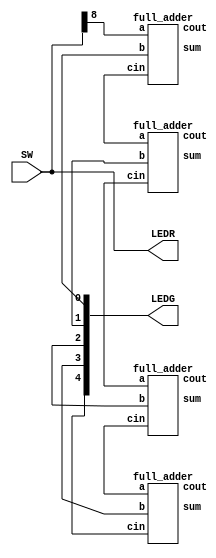
module part2 (SW, LEDG, LEDR);

	input [8:0] SW;
	output [8:0] LEDR;
	output [4:0] LEDG;
	
	wire x;
	assign x = SW[8:0];
	assign LEDR = SW;

	wire c1, c2, c3;

	full_adder FA0(SW[0], SW[4], SW[8], LEDG[0], c1);
	full_adder FA1(SW[1], SW[5], c1, LEDG[1], c2);
	full_adder FA2(SW[2], SW[6], c2, LEDG[2], c3);
	full_adder FA3(SW[3], SW[7], c3, LEDG[3], LEDG[4]);
  
endmodule

module full_adder(sum,cout,a,b,cin);
	output sum, cout;
	input a,b,cin;
	assign sum = a^b^cin;
	assign cout = (a&b)|(cin&(a|b));
	
endmodule